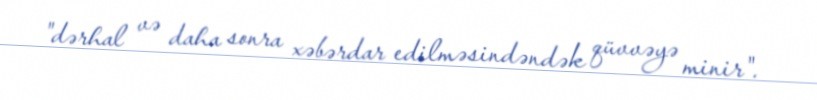
"dərhal və daha sonra xəbərdar edilməsindəndək qüvvəyə minir".